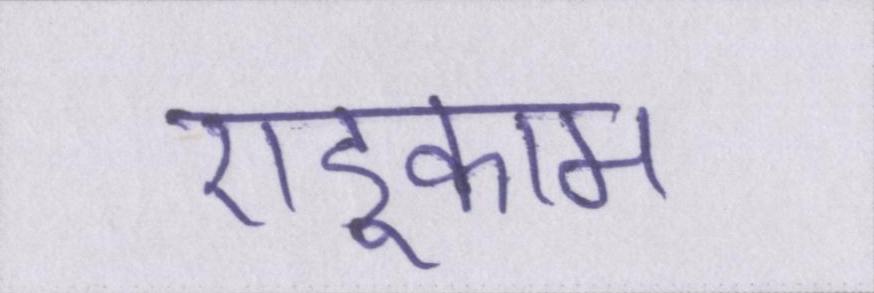
एडूकाम